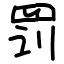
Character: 罚